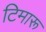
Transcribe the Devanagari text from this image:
टिमारू